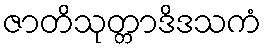
ဇာတိသုတ္တာဒိဒသကံ